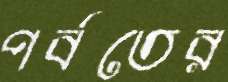
পর্বতের